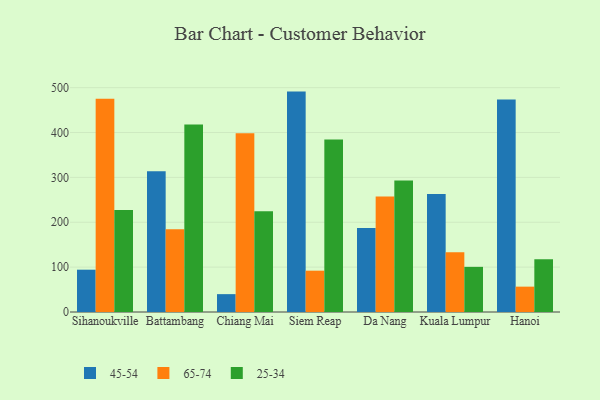
{"axis": {"x": "City", "y": "Gross Profit (USD K)"}, "legend": ["25-34", "45-54", "65-74"], "data": [{"x": "Sihanoukville", "y": 94.3, "type": "45-54"}, {"x": "Sihanoukville", "y": 475.1, "type": "65-74"}, {"x": "Sihanoukville", "y": 227.6, "type": "25-34"}, {"x": "Battambang", "y": 313.9, "type": "45-54"}, {"x": "Battambang", "y": 184.5, "type": "65-74"}, {"x": "Battambang", "y": 417.6, "type": "25-34"}, {"x": "Chiang Mai", "y": 39.8, "type": "45-54"}, {"x": "Chiang Mai", "y": 398.3, "type": "65-74"}, {"x": "Chiang Mai", "y": 224.7, "type": "25-34"}, {"x": "Siem Reap", "y": 491.2, "type": "45-54"}, {"x": "Siem Reap", "y": 92.1, "type": "65-74"}, {"x": "Siem Reap", "y": 384.5, "type": "25-34"}, {"x": "Da Nang", "y": 187.2, "type": "45-54"}, {"x": "Da Nang", "y": 257.4, "type": "65-74"}, {"x": "Da Nang", "y": 293.0, "type": "25-34"}, {"x": "Kuala Lumpur", "y": 262.9, "type": "45-54"}, {"x": "Kuala Lumpur", "y": 133.3, "type": "65-74"}, {"x": "Kuala Lumpur", "y": 100.6, "type": "25-34"}, {"x": "Hanoi", "y": 473.5, "type": "45-54"}, {"x": "Hanoi", "y": 56.5, "type": "65-74"}, {"x": "Hanoi", "y": 117.5, "type": "25-34"}]}